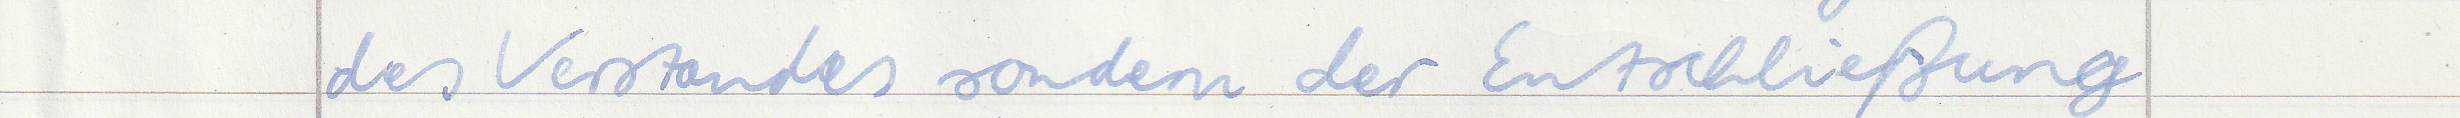
des Verstandes sondern der Entschließung